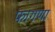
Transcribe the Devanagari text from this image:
फागणा